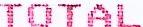
TOTAL